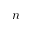
n